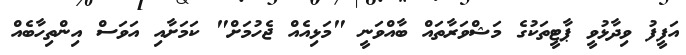
އަފީފު ވިދާޅުވީ ޕާޓީތަކުގެ މަޝްވަރާތައް ބާއްވަނީ "މަޅިއެއް ޖެހުމަށް" ކަމަށާއި އަވަސް އިންތިހާބެއް